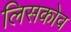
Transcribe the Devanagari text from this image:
लिसकोव